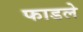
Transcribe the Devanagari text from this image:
फाडले